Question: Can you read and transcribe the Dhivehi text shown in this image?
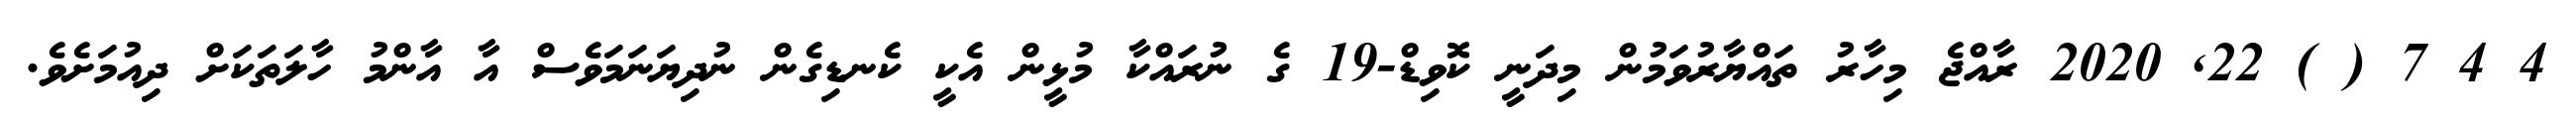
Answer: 4 4 7 ( ) 22, 2020 ރާއްޖެ މިހާރު ތައްޔާރުވަމުން މިދަނީ ކޮވިޑް-19 ގެ ނުރައްކާ މުޅީން އެކީ ކެނޑިގެން ނުދިޔަނަމަވެސް އާ އާންމު ހާލަތަކަށް ދިއުމަށެވެ.